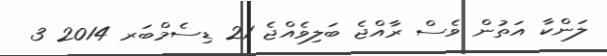
ލަންކާ އަތުން ވެސް ރާއްޖެ ބަލިވެއްޖެ 21 ޑިސެމްބަރ 2014 3